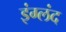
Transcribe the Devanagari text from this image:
इंग्लंद